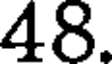
48.